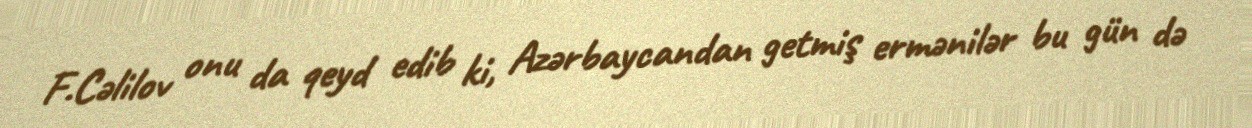
F.Cəlilov onu da qeyd edib ki, Azərbaycandan getmiş ermənilər bu gün də